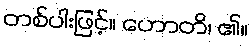
တစ်ပါးဖြင့်။ ဟောတိ၊ ၏။